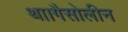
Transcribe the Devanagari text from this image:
था।गैसोलीन